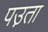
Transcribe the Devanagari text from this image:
पउ़ता